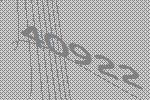
40922